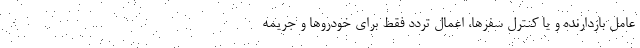
عامل بازدارنده و یا کنترل سفرها، اعمال تردد فقط برای خودروها و جریمه